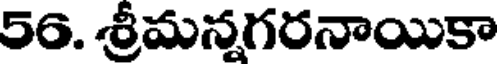
56. శ్రీమన్నగరనాయికా